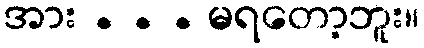
အား . . . မရတော့ဘူး။